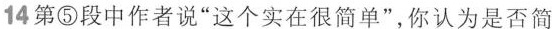
14第⑤段中作者说”这个实在很简单”，你认为是否简